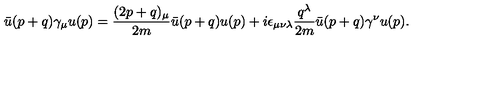
\bar { u } ( p + q ) \gamma _ { \mu } u ( p ) = \frac { ( 2 p + q ) _ { \mu } } { 2 m } \bar { u } ( p + q ) u ( p ) + i \epsilon _ { \mu \nu \lambda } \frac { q ^ { \lambda } } { 2 m } \bar { u } ( p + q ) \gamma ^ { \nu } u ( p ) .